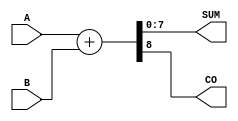
module ParametrizedAdder #(
    parameter WIDTH = 8 // Default bit width
)(
    input  wire [WIDTH-1:0] A,      // First input
    input  wire [WIDTH-1:0] B,      // Second input
    output wire [WIDTH-1:0] SUM,     // Sum output
    output wire                CO      // Carry-out (overflow indicator)
);

    // Behavioral description of the adder
    assign {CO, SUM} = A + B; // Concatenate carry-out with sum

endmodule